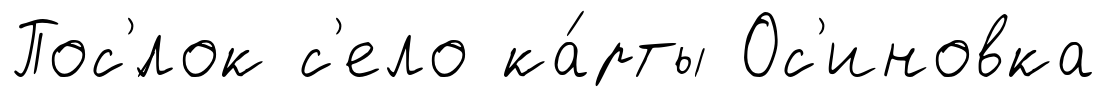
Пос'́лок с'ело ка́рты Ос'иновка